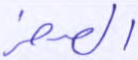
الصخر